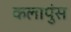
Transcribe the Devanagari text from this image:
कलापुंस